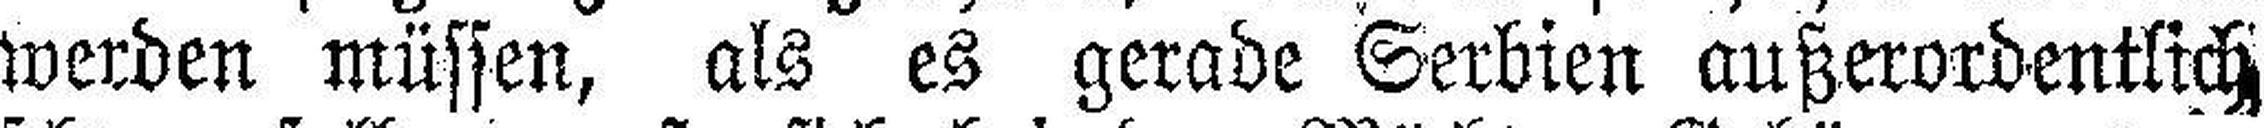
werden müssen, als es gerade Serbien außerordentlich